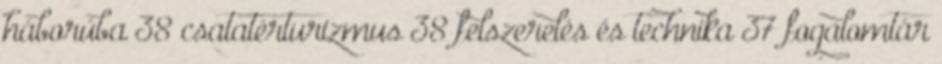
háborúba 38 csatatérturizmus 38 felszerelés és technika 37 fogalomtár